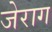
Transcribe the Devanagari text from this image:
जेराग